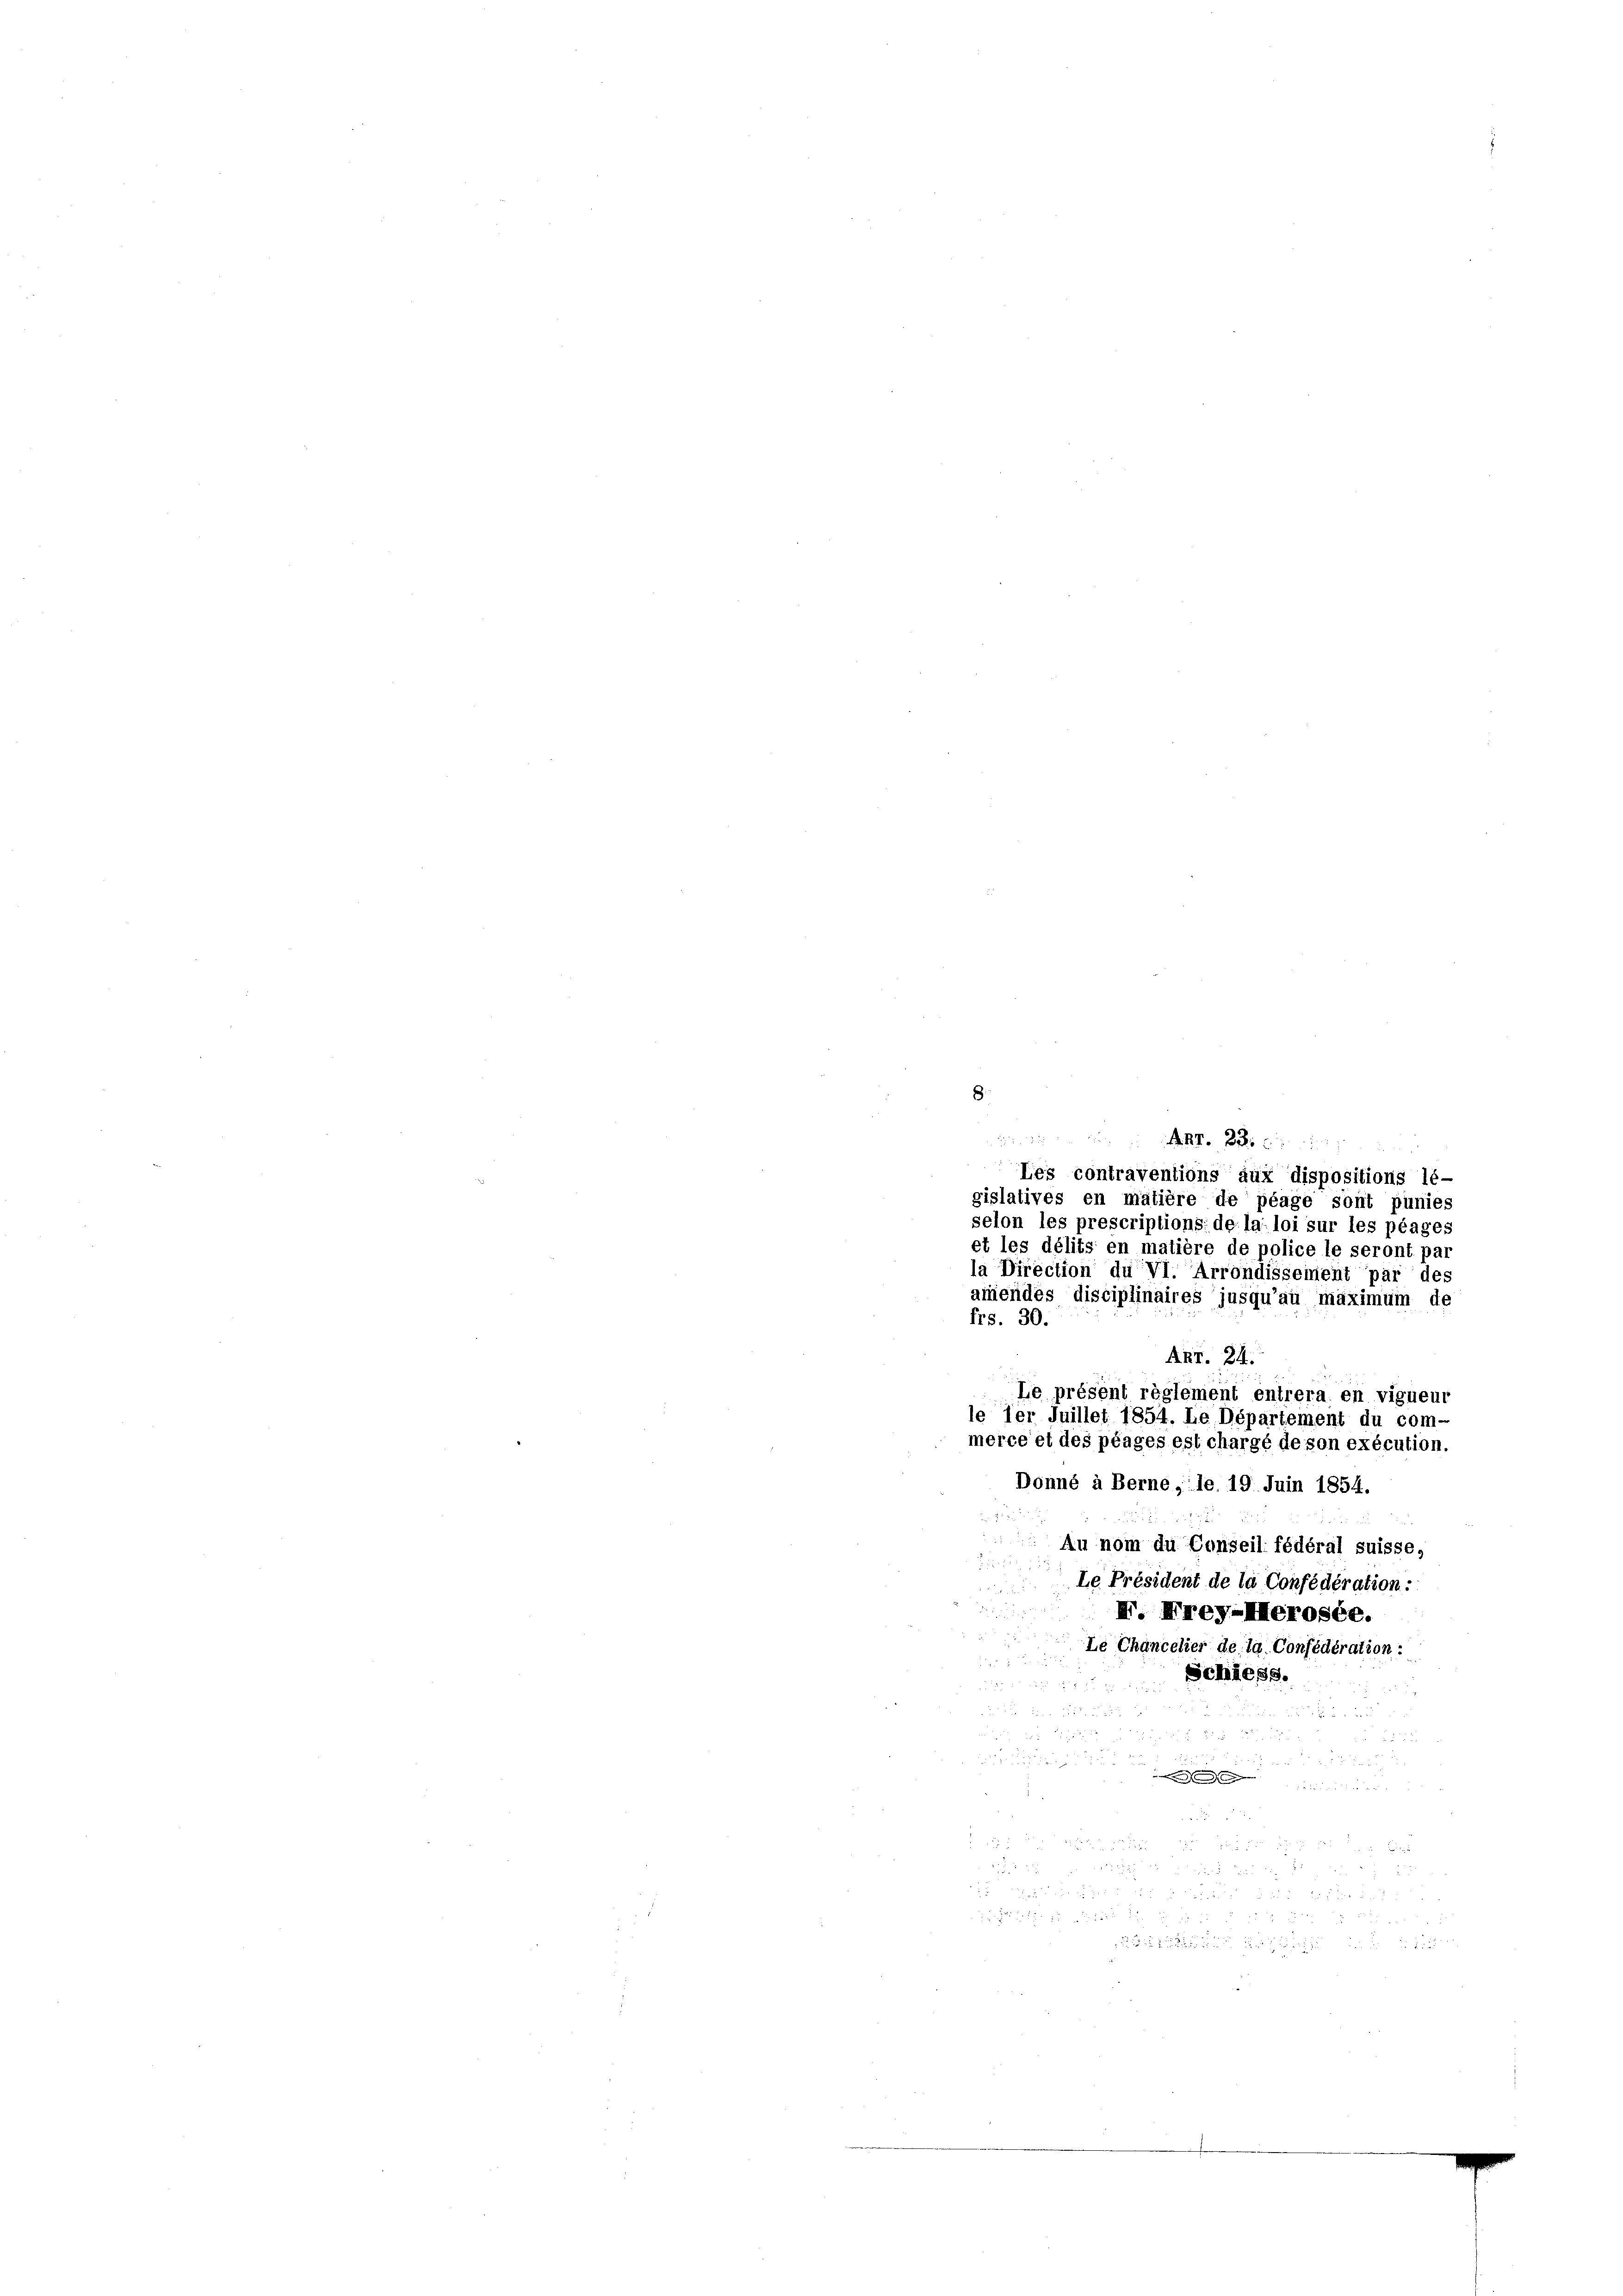
.
e
.

M. D.
Les contraventions aux dispositions lé-
gislatives en matière de plage sont punies
selon les prescriptions de la loi sur les plages
et les délits en matière de police le seront par
la Direction du VI. Arrondissement par des
amendes disciplinaires jusqu’au maximum de
frs. 30.
Akr. 24.
Le présent réglement entrera en vigueur
le der Juillet 1854. Le Département du com-
merce et des plages est chargé de son exécution.
Donné à Berne, le 19. Juin 1854.
Au nom du Conseil fédéral suisse,
Le Président de la Confédération:
H. Frey-Merosée.
Le Chancelier de la Confédération:
Schiess.
56
.

.

n

25 f 0 x
d

e